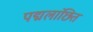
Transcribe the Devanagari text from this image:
पद्मलांछितं